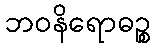
ဘဝနိရောဓဉ္စ